Annual report on the Civil Veterinary Department, Burma (including the Insein Veterinary School) - 1932-1941
Year: 1932
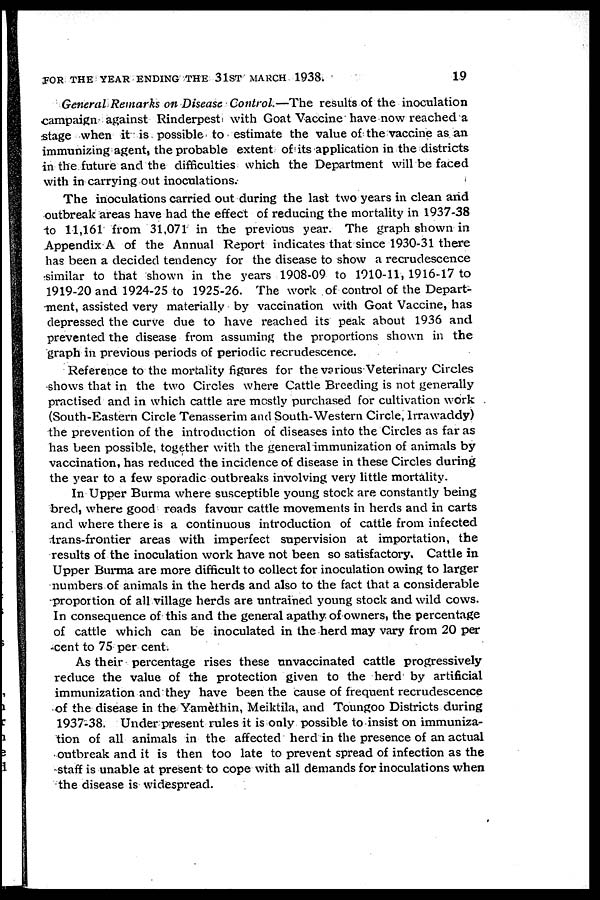
FOR THE YEAR ENDING THE 31ST MARCH 1938.
19
General Remarks on Disease Control.—The results of the inoculation
campaign against Rinderpest with Goat Vaccine have now reached a
stage when it is possible to estimate the value of the vaccine as an
immunizing agent, the probable extent of its application in the districts
in the future and the difficulties which the Department will be faced
with in carrying out inoculations.
The inoculations carried out during the last two years in clean and
outbreak areas have had the effect of reducing the mortality in 1937-38
to 11,161 from 31,071 in the previous year. The graph shown in
Appendix A of the Annual Report indicates that since 1930-31 there
has been a decided tendency for the disease to show a recrudescence
similar to that shown in the years 1908-09 to 1910-11, 1916-17 to
1919-20 and 1924-25 to 1925-26. The work of control of the Depart-
ment, assisted very materially by vaccination with Goat Vaccine, has
depressed the curve due to have reached its peak about 1936 and
prevented the disease from assuming the proportions shown in the
graph in previous periods of periodic recrudescence.
Reference to the mortality figures for the various Veterinary Circles
shows that in the two Circles where Cattle Breeding is not generally
practised and in which cattle are mostly purchased for cultivation work
(South-Eastern Circle Tenasserim and South-Western Circle, Irrawaddy)
the prevention of the introduction of diseases into the Circles as far as
has been possible, together with the general immunization of animals by
vaccination, has reduced the incidence of disease in these Circles during
the year to a few sporadic outbreaks involving very little mortality.
In Upper Burma where susceptible young stock are constantly being
bred, where good roads favour cattle movements in herds and in carts
and where there is a continuous introduction of cattle from infected
trans-frontier areas with imperfect supervision at importation, the
results of the inoculation work have not been so satisfactory. Cattle in
Upper Burma are more difficult to collect for inoculation owing to larger
numbers of animals in the herds and also to the fact that a considerable
proportion of all village herds are untrained young stock and wild cows.
In consequence of this and the general apathy of owners, the percentage
of cattle which can be inoculated in the herd may vary from 20 per
cent to 75 per cent.
As their percentage rises these unvaccinated cattle progressively
reduce the value of the protection given to the herd by artificial
immunization and they have been the cause of frequent recrudescence
of the disease in the Yamèthin, Meiktila, and Toungoo Districts during
1937-38. Under present rules it is only possible to insist on immuniza-
tion of all animals in the affected herd in the presence of an actual
outbreak and it is then too late to prevent spread of infection as the
staff is unable at present to cope with all demands for inoculations when
the disease is widespread.